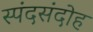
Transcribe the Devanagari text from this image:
स्पंदसंदोह